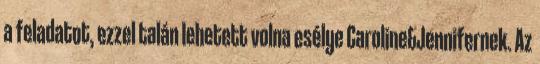
a feladatot, ezzel talán lehetett volna esélye Caroline&Jennifernek. Az